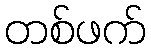
တစ်ဖက်